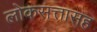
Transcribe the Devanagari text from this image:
लोकसत्तासह